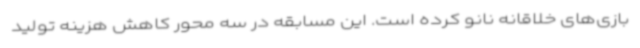
بازی‌های خلاقانه نانو کرده است. این مسابقه در سه محور کاهش هزینه تولید